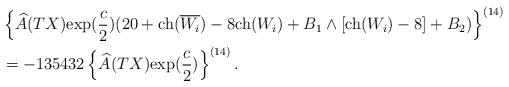
LaTeX: \begin{align*}&\left\{\widehat{A}(TX){\rm exp}(\frac{c}{2})(20+{\rm ch}(\overline{W_i})-8{\rm ch}({W_i})+B_1\wedge[{\rm ch}({W_i})-8]+B_2)\right\}^{(14)}\\&=-135432\left\{\widehat{A}(TX){\rm exp}(\frac{c}{2})\right\}^{(14)}.\end{align*}